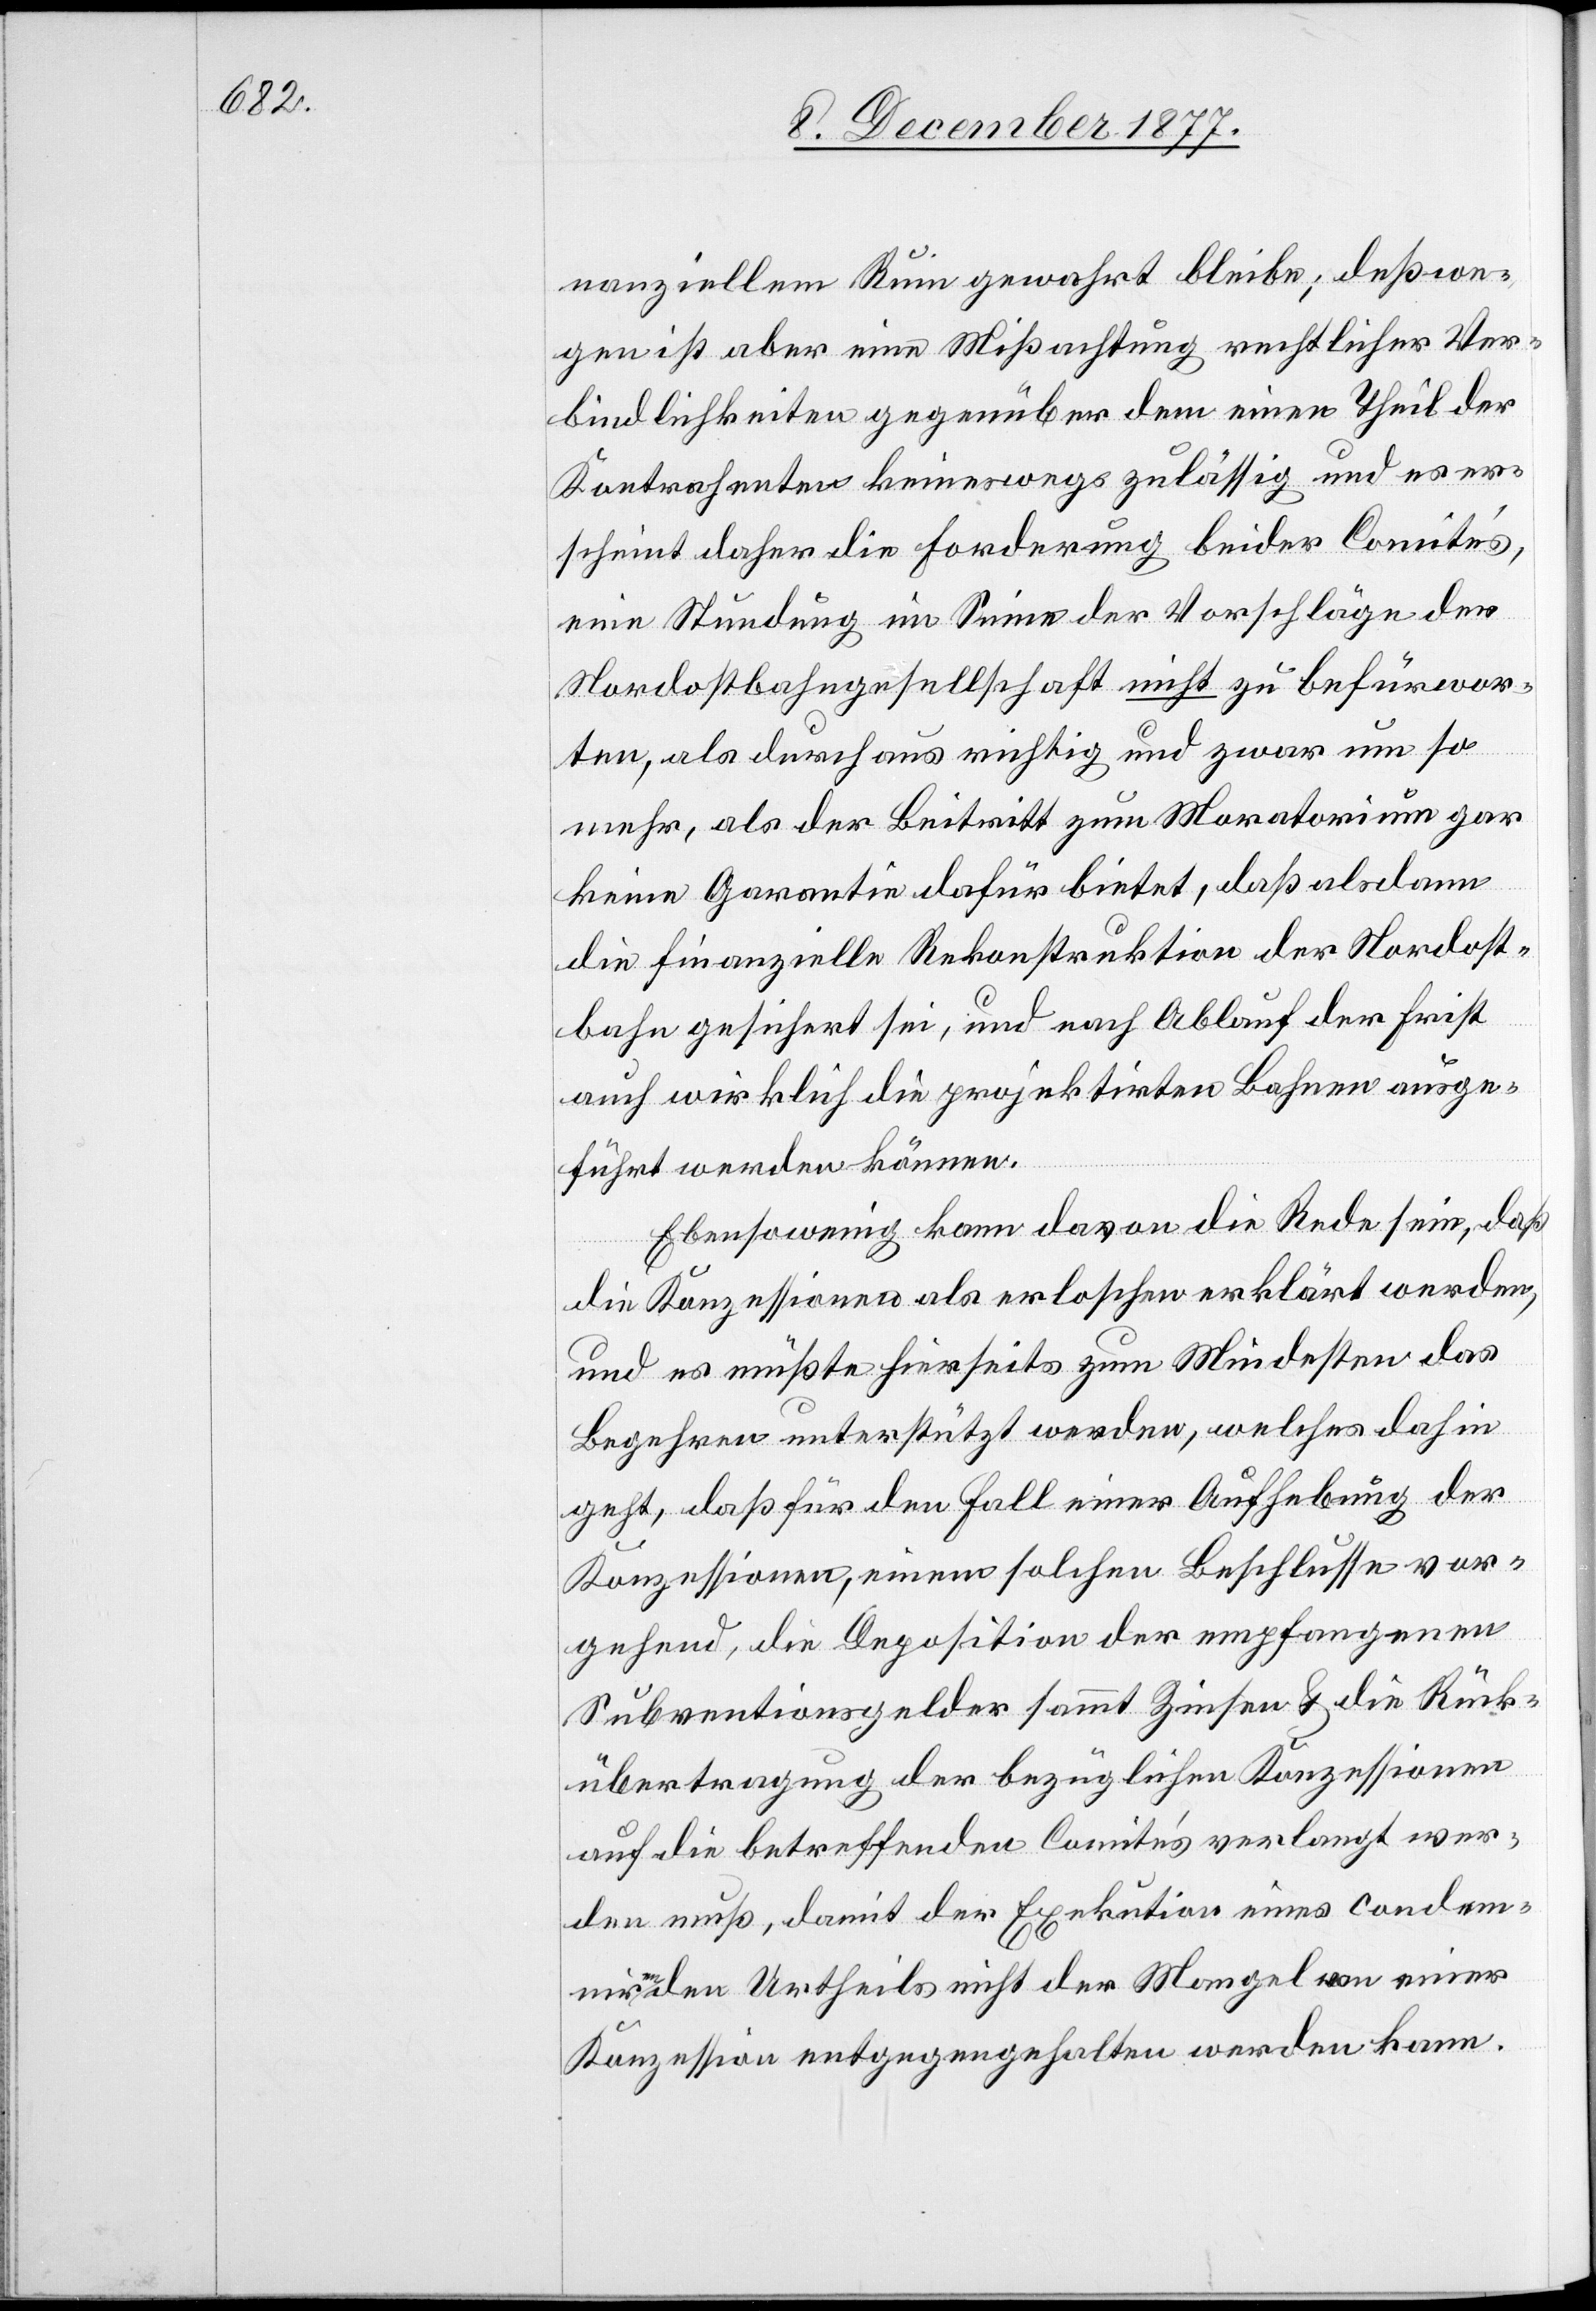
nanziellem Ruin gewahrt bleibe; deßwe¬
gen ist aber eine Mißachtung rechtlicher Ver¬
bindlichkeiten gegenüber dem einen Theil der
Kontrahenten keineswegs zulässig und es er¬
scheint daher die Forderung beider Comités,
eine Stundung im Sinne der Vorschläge der
Nordostbahngesellschaft nicht zu befürwor¬
ten, als durchaus richtig und zwar um so
mehr, als der Beitritt zum Moratorium gar
keine Garantie dafür bietet, daß alsdann
die finanzielle Rekonstruktion der Nordost¬
bahn gesichert sei, und nach Ablauf der Frist
auch wirklich die projektirten Bahnen ausge¬
führt werden können.
Ebensowenig kann davon die Rede sein, daß
die Konzessionen als erloschen erklärt werden,
und es müßte hierseits zum Mindesten das
Begehren unterstützt werden, welches dahin
geht, daß für den Fall einer Aufhebung der
Konzessionen, einem solchen Beschlusse vor¬
gehend, die Deposition der empfangenen
Subventionsgelder sammt Zinsen & die Rück¬
übertragung der bezüglichen Konzessionen
auf die betreffenden Comités verlangt wer¬
den muß, damit der Exekution eines condem¬
nirenden Urtheils nicht der Mangel von einer
Konzession entgegengehalten werden kann.